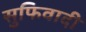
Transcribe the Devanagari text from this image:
सुफिवादी